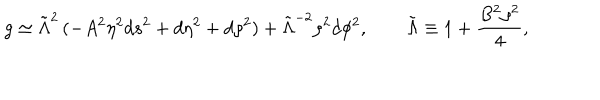
LaTeX: g \simeq \tilde { \Lambda } ^ { 2 } \, ( - A ^ { 2 } \eta ^ { 2 } d s ^ { 2 } + d \eta ^ { 2 } + d \rho ^ { 2 } ) + \tilde { \Lambda } ^ { - 2 } \rho ^ { 2 } d \phi ^ { 2 } , \qquad \tilde { \Lambda } \equiv 1 + \frac { B ^ { 2 } \rho ^ { 2 } } { 4 } ,